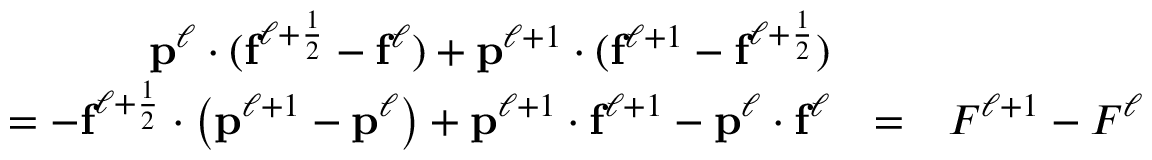
\begin{array} { r l r } { \mathbf { p } ^ { \ell } \cdot ( \mathbf { f } ^ { \ell + \frac { 1 } { 2 } } - \mathbf { f } ^ { \ell } ) + \mathbf { p } ^ { \ell + 1 } \cdot ( \mathbf { f } ^ { \ell + 1 } - \mathbf { f } ^ { \ell + \frac { 1 } { 2 } } ) } & { } & \\ { = - \mathbf { f } ^ { \ell + \frac { 1 } { 2 } } \cdot \left( \mathbf { p } ^ { \ell + 1 } - \mathbf { p } ^ { \ell } \right) + \mathbf { p } ^ { \ell + 1 } \cdot \mathbf { f } ^ { \ell + 1 } - \mathbf { p } ^ { \ell } \cdot \mathbf { f } ^ { \ell } } & { = } & { F ^ { \ell + 1 } - F ^ { \ell } } \end{array}